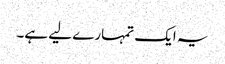
یہ ایک تمہارے لیے ہے۔